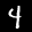
Label: 4